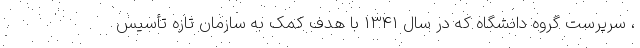
، سرپرست گروه دانشگاه که در سال 1341 با هدف کمک به سازمان تازه تأسیس